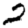
Digit: 2